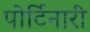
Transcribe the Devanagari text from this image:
पोर्टिनारी